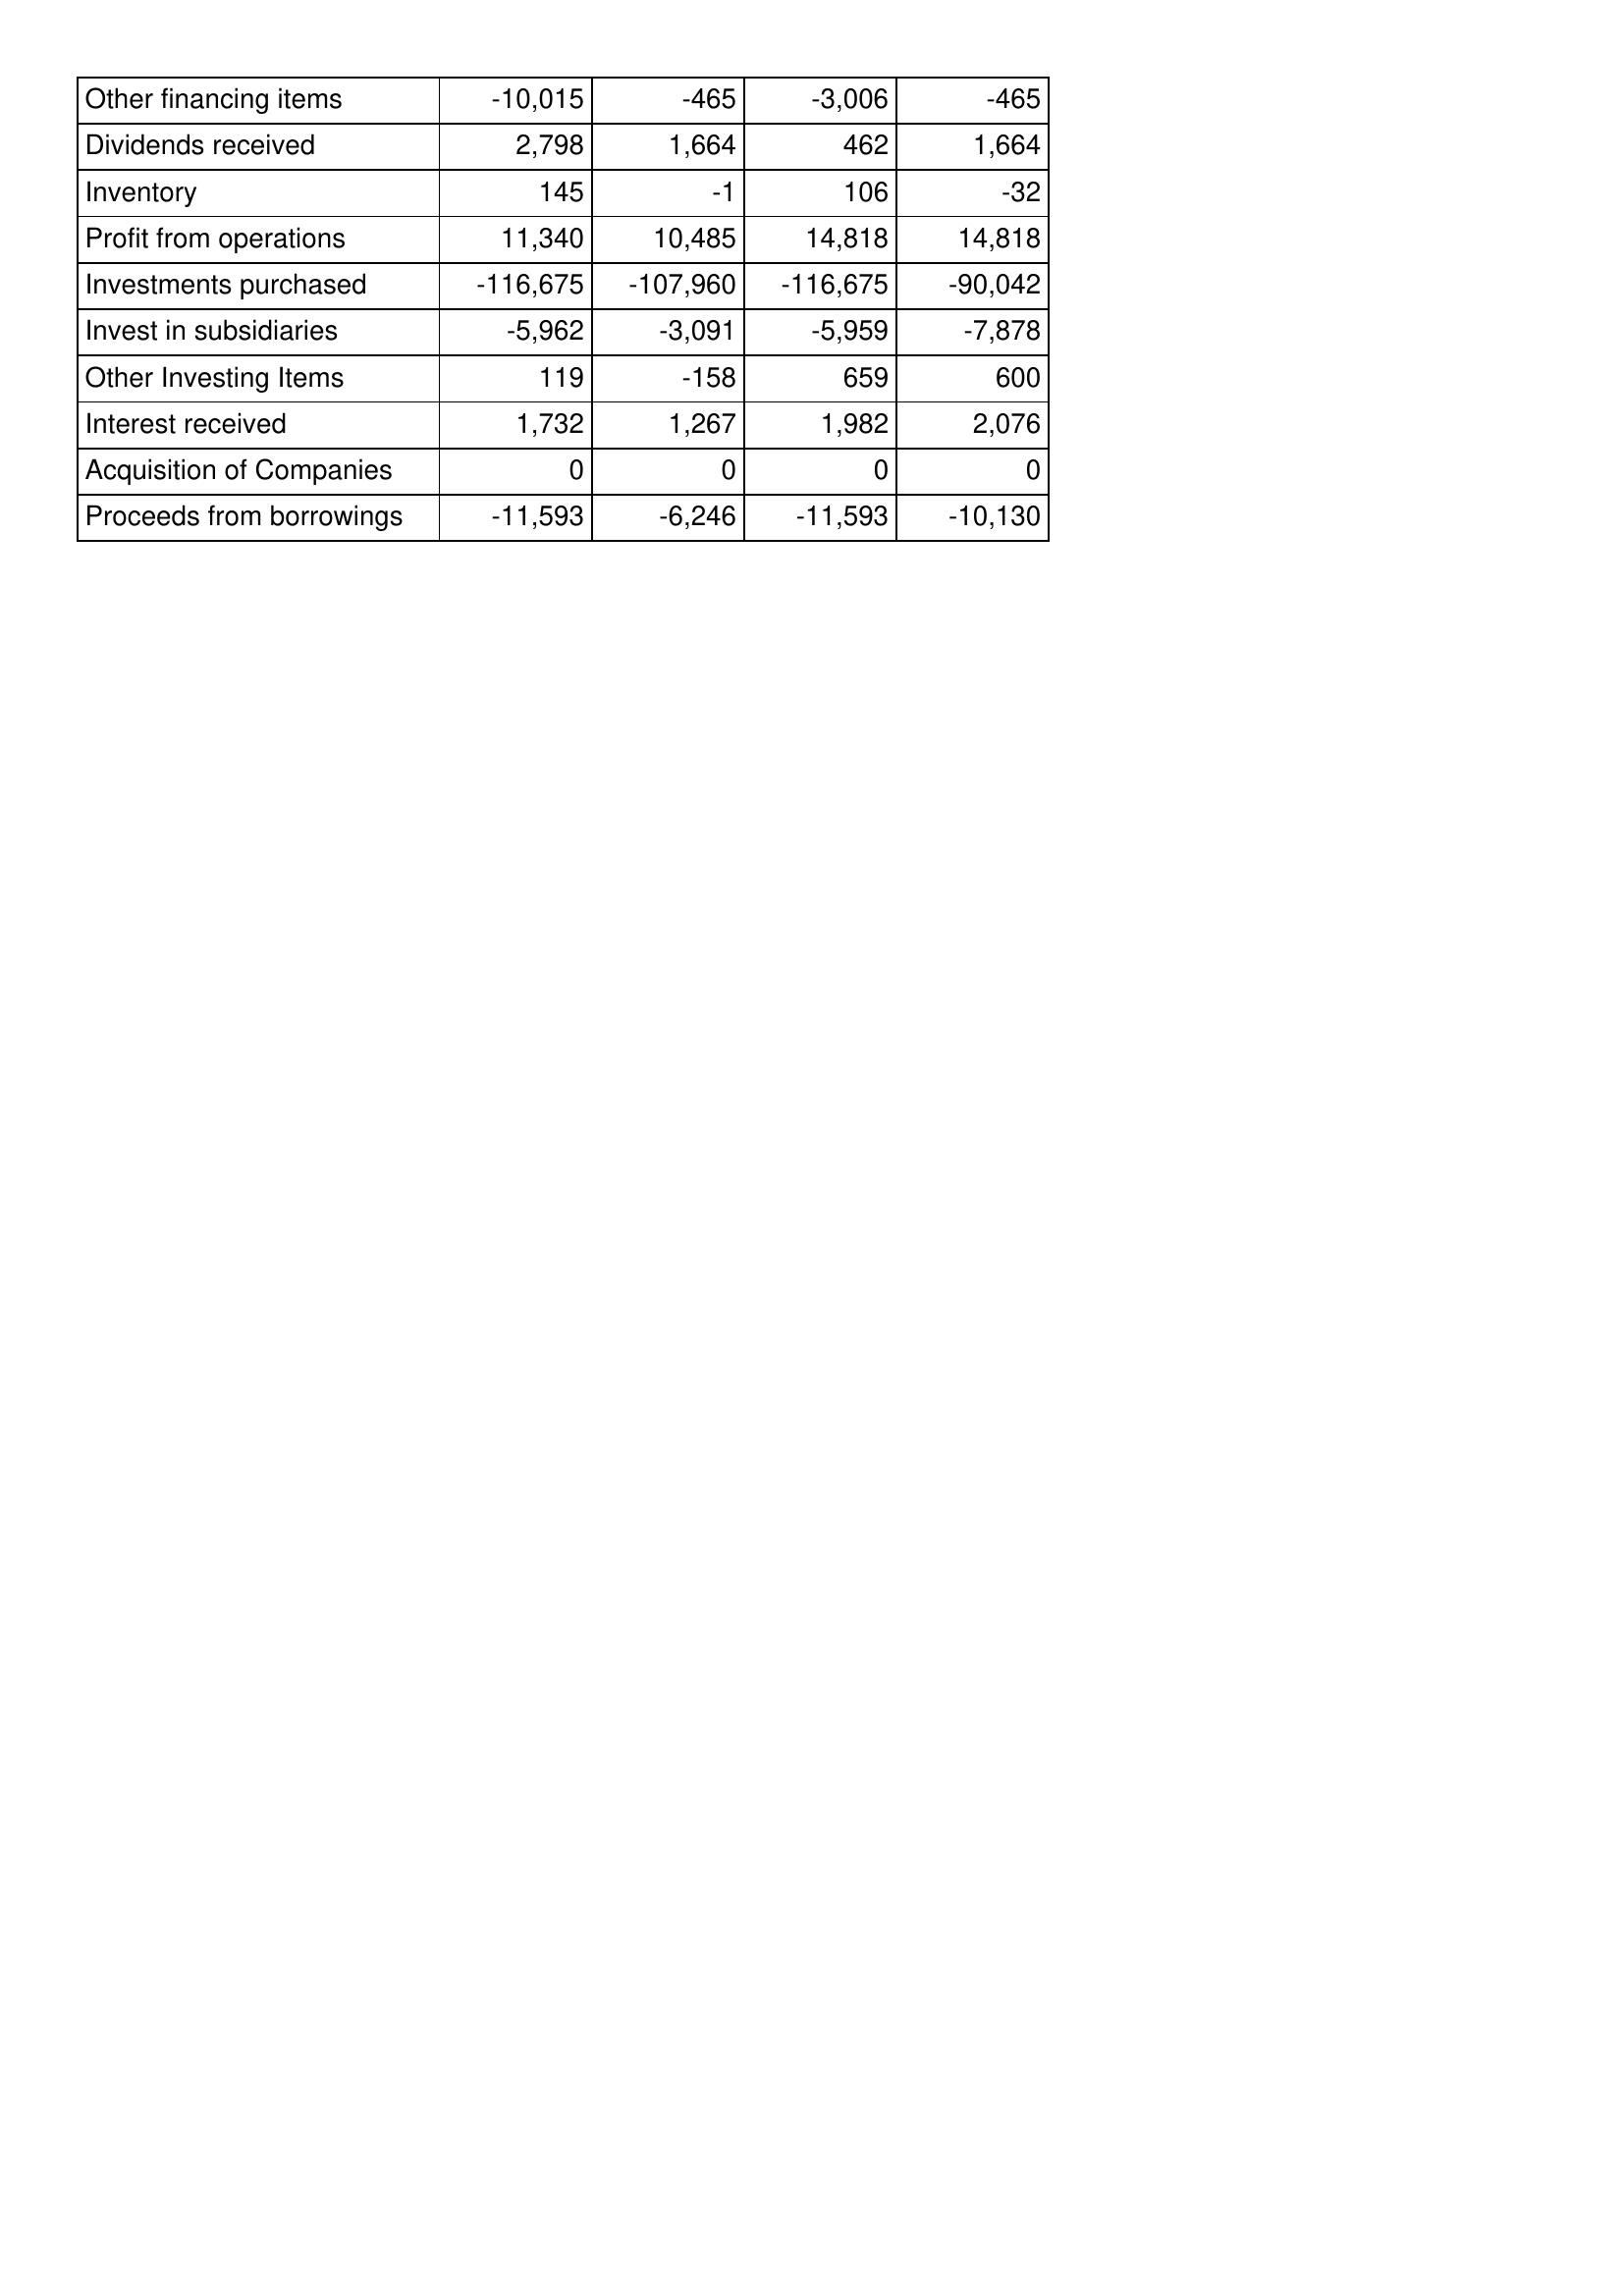
Mar-06: Cash Flows: Other financing items: -10,015
Dividends received: 2,798
Inventory: 145
Profit from operations: 11,340
Investments purchased: -116,675
Invest in subsidiaries: -5,962
Other Investing Items: 119
Interest received: 1,732
Acquisition of Companies: 0
Proceeds from borrowings: -11,593
Mar-07: Cash Flows: Other financing items: -465
Dividends received: 1,664
Inventory: -1
Profit from operations: 10,485
Investments purchased: -107,960
Invest in subsidiaries: -3,091
Other Investing Items: -158
Interest received: 1,267
Acquisition of Companies: 0
Proceeds from borrowings: -6,246
Mar-08: Cash Flows: Other financing items: -3,006
Dividends received: 462
Inventory: 106
Profit from operations: 14,818
Investments purchased: -116,675
Invest in subsidiaries: -5,959
Other Investing Items: 659
Interest received: 1,982
Acquisition of Companies: 0
Proceeds from borrowings: -11,593
Mar-09: Cash Flows: Other financing items: -465
Dividends received: 1,664
Inventory: -32
Profit from operations: 14,818
Investments purchased: -90,042
Invest in subsidiaries: -7,878
Other Investing Items: 600
Interest received: 2,076
Acquisition of Companies: 0
Proceeds from borrowings: -10,130